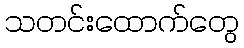
သတင်းထောက်တွေ